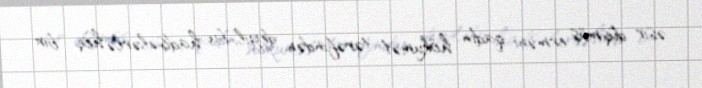
əsir düşmüş erməni qadın hökumət tərəfindən deyil, bu hadisələrlə heç bir